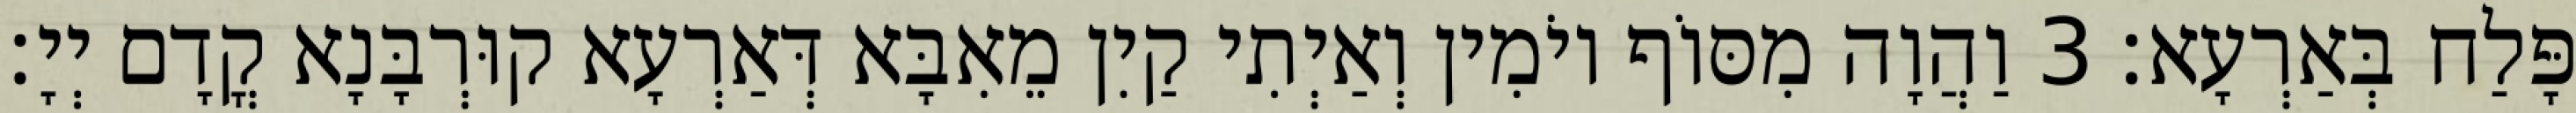
פָּלַח בְּאַרְעָא׃ 3 וַהֲוָה מִסּוֹף יוֹמִין וְאַיְתִי קַיִן מֵאִבָּא דְּאַרְעָא קוּרְבָּנָא קֳדָם יְיָ׃